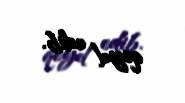
qeyd edib.